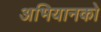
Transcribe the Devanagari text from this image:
अभियानको